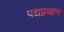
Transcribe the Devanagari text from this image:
पद्यप्रधान